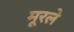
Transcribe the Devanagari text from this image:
मूरले